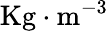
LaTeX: \mathrm{Kg}\cdot\mathrm{m}^{-3}